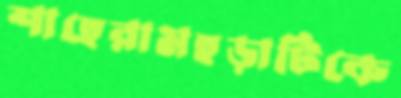
শাহেরামহড়াটিকে